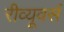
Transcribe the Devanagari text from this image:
रीव्यूवर्स